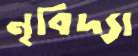
নৃবিদ্যা